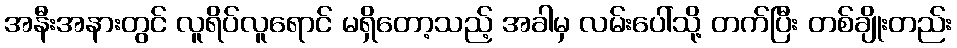
အနီးအနားတွင် လူရိပ်လူရောင် မရှိတော့သည့် အခါမှ လမ်းပေါ်သို့ တက်ပြီး တစ်ချိုးတည်း